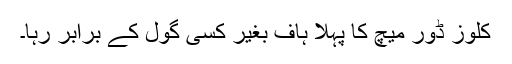
کلوز ڈور میچ کا پہلا ہاف بغیر کسی گول کے برابر رہا۔